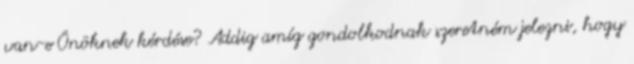
van-e Önöknek kérdése? Addig amíg gondolkodnak szeretném jelezni, hogy